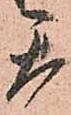
天